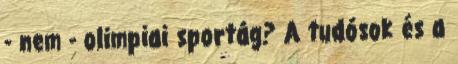
- nem - olimpiai sportág? A tudósok és a